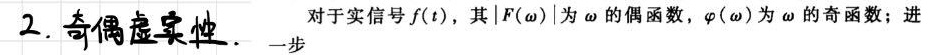
2. 奇偶虚实性.  对于实信号$f(t)$，其$|F(\omega)|$为$\omega$的偶函数，$\varphi(\omega)$为$\omega$的奇函数；进一步